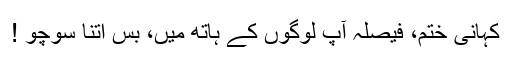
کہانی ختم، فیصلہ آپ لوگوں کے ہاتھ میں، بس اتنا سوچو !